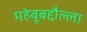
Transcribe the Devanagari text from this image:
महेबूबद्दौल्ला